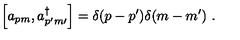
\Big [ a _ { p m } , a _ { p ^ { \prime } m { \prime } } ^ { \dagger } \Big ] = \delta ( p - p ^ { \prime } ) \delta ( m - m ^ { \prime } ) \ .